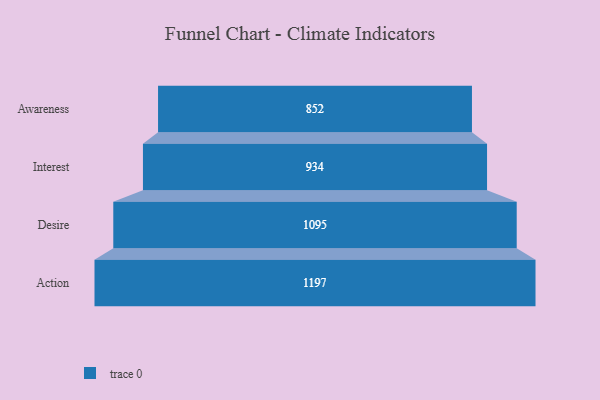
{"axis": {"x": "Stage", "y": "Value"}, "legend": [""], "data": [{"x": "Awareness", "y": 852.0, "type": ""}, {"x": "Interest", "y": 934.0, "type": ""}, {"x": "Desire", "y": 1095.0, "type": ""}, {"x": "Action", "y": 1197.0, "type": ""}]}